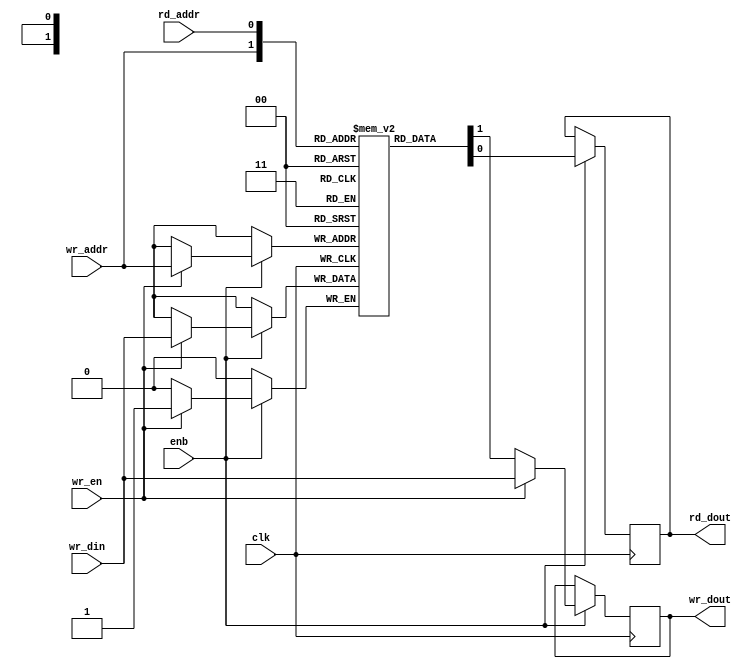
// -------------------------------------------------------------
// 
// 
// Generated by MATLAB 9.6 and HDL Coder 3.14
// 
// -------------------------------------------------------------


// -------------------------------------------------------------
// 
// Module: BirdEyeViewImproved_ip_src_DualPortRAM_generic
// Source Path: BirdEyeView_Bilinear_V1/IP_Core/DualPortRAM_generic
// Hierarchy Level: 1
// 
// -------------------------------------------------------------

`timescale 1 ns / 1 ns

module BirdEyeViewImproved_ip_src_DualPortRAM_generic
          (clk,
           enb,
           wr_din,
           wr_addr,
           wr_en,
           rd_addr,
           wr_dout,
           rd_dout);

  parameter AddrWidth = 1;
  parameter DataWidth = 1;

  input   clk;
  input   enb;
  input   [DataWidth - 1:0] wr_din;  // parameterized width
  input   [AddrWidth - 1:0] wr_addr;  // parameterized width
  input   wr_en;  // ufix1
  input   [AddrWidth - 1:0] rd_addr;  // parameterized width
  output  [DataWidth - 1:0] wr_dout;  // parameterized width
  output  [DataWidth - 1:0] rd_dout;  // parameterized width


  reg  [DataWidth - 1:0] ram [2**AddrWidth - 1:0];
  reg  [DataWidth - 1:0] dout_b;
  reg  [DataWidth - 1:0] dout_a;
  integer i;

  initial begin
    for (i=0; i<=2**AddrWidth - 1; i=i+1) begin
      ram[i] = 0;
    end
    dout_b = 0;
    dout_a = 0;
  end


  always @(posedge clk)
    begin : DualPortRAM_generic_process
      if (enb == 1'b1) begin
        if (wr_en == 1'b1) begin
          ram[wr_addr] <= wr_din;
          dout_a <= wr_din;
        end
        else begin
          dout_a <= ram[wr_addr];
        end
        dout_b <= ram[rd_addr];
      end
    end

  assign rd_dout = dout_b;
  assign wr_dout = dout_a;

endmodule  // BirdEyeViewImproved_ip_src_DualPortRAM_generic